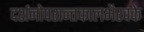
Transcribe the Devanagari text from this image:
दर्शनोपरान्तकालभैरवके